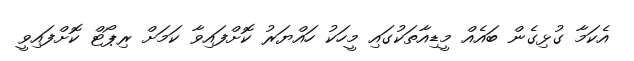
އެކަމާ ގުޅިގެން ބައެއް މީޑިއާތަކުގައި މީހަކު ހައްޔަރު ކޮށްފައިވާ ކަމަށް ރިޕޯޓް ކޮށްފައިވީ